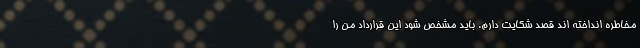
مخاطره انداخته اند قصد شکایت دارم. باید مشخص شود این قرارداد من را